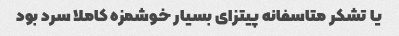
یا تشکر متاسفانه پیتزای بسیار خوشمزه کاملا سرد بود